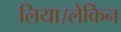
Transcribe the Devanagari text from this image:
लिया।लेकिन